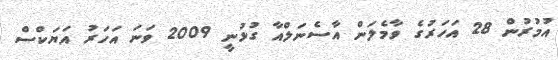
އުމުރުން 28 އަހަރުގެ ވާމެލަން އާސެނަލްއާ ގުޅުނީ 2009 ވަނަ އަހަރު އަޔަކްސް